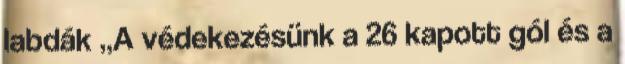
labdák „A védekezésünk a 26 kapott gól és a